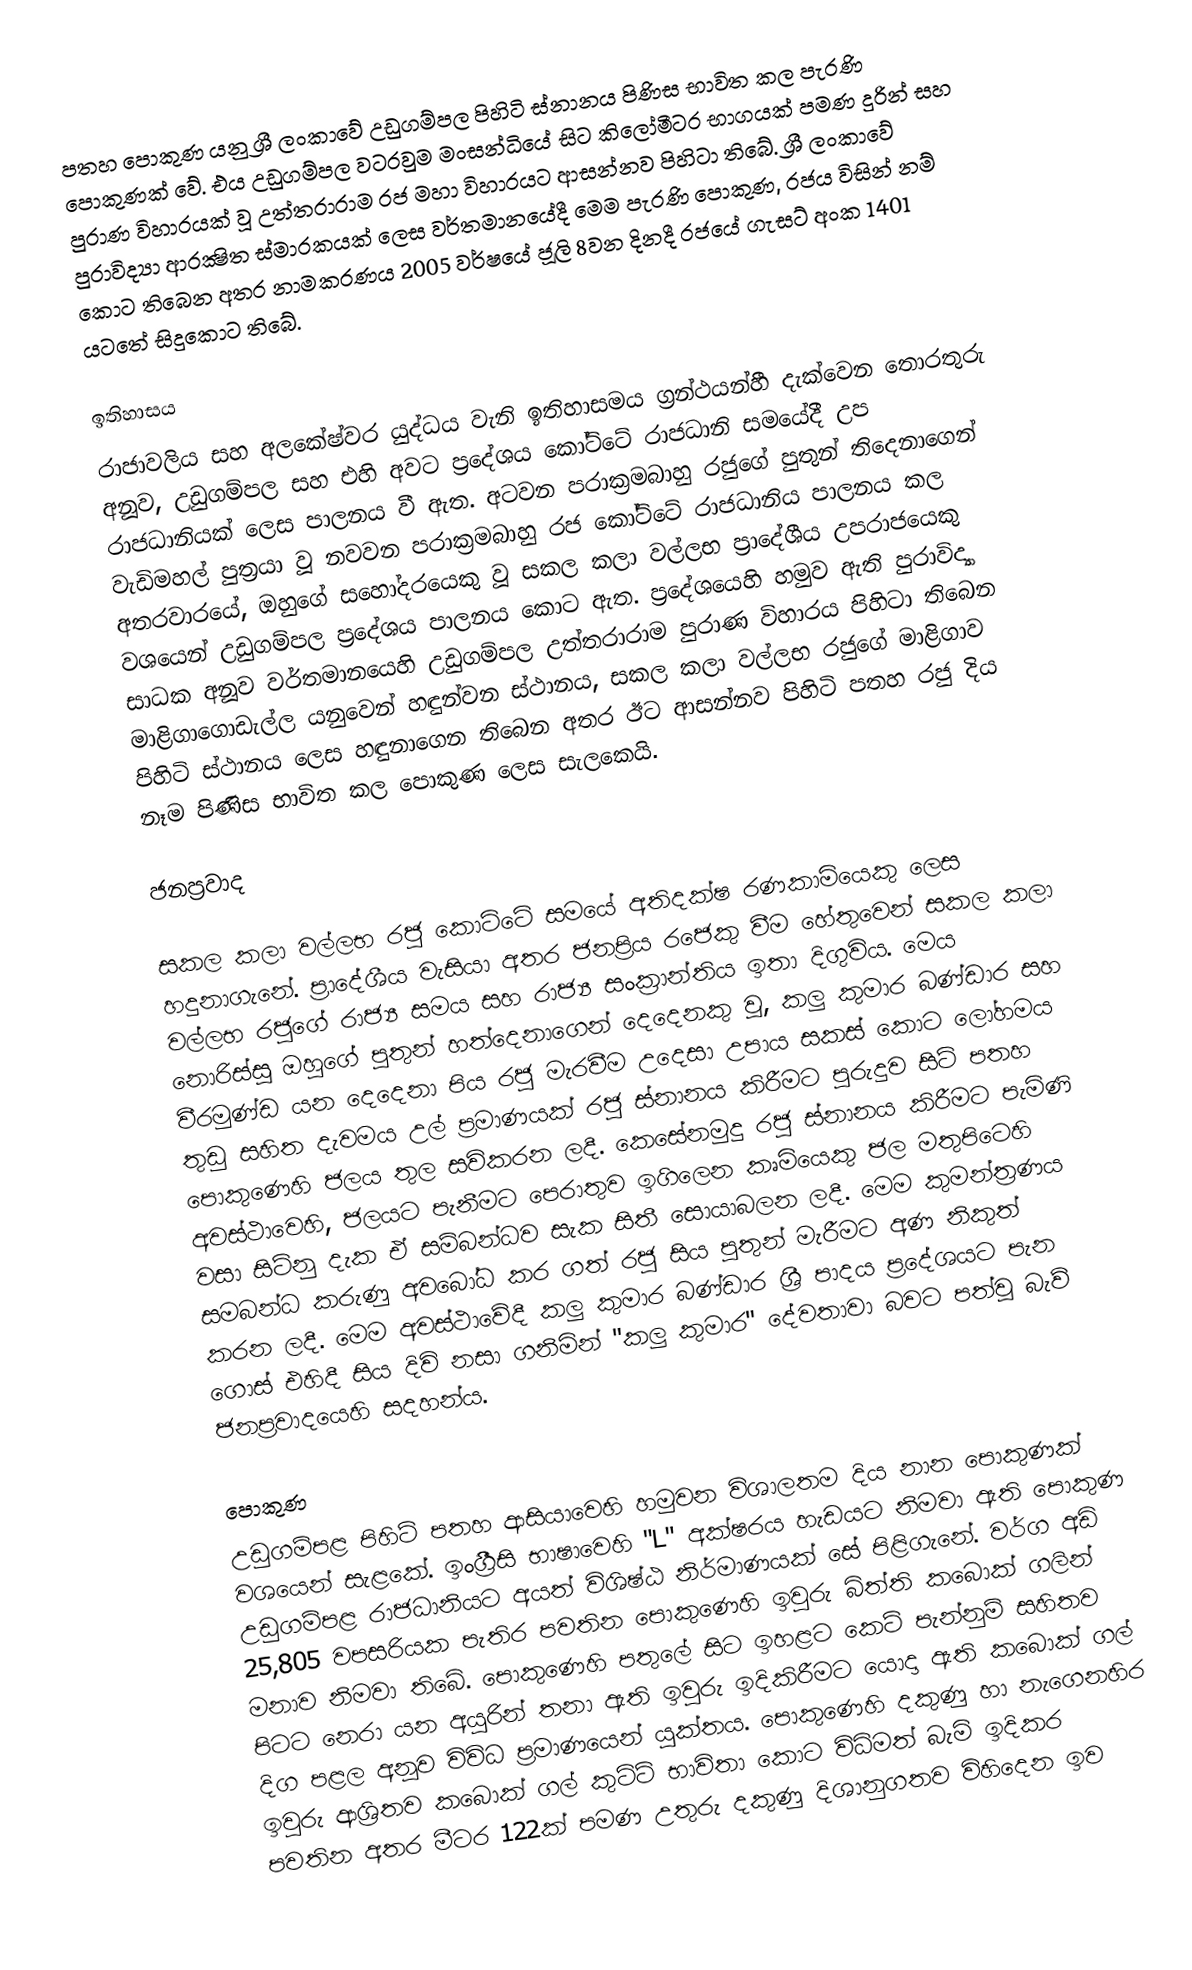
පතහ පොකුණ යනු ශ්‍රී ලංකාවේ උඩුගම්පල පිහිටි ස්නානය පිණිස භාවිත කල පැරණි පොකුණක් වේ. එය උඩුගම්පල වටරවුම මංසන්ධියේ සිට කිලෝමීටර භාගයක් පමණ දුරින් සහ පුරාණ විහාරයක් වූ උත්තරාරාම රජ මහා විහාරයට ආසන්නව පිහිටා තිබේ. ශ්‍රී ලංකාවේ පුරාවිද්‍යා ආරක්‍ෂිත ස්මාරකයක් ලෙස වර්තමානයේදී මෙම පැරණි පොකුණ, රජය විසින් නම් කොට තිබෙන අතර නාමකරණය 2005 වර්ෂයේ ජූලි 8වන දිනදී රජයේ ගැසට් අංක 1401 යටතේ සිදුකොට තිබේ.

ඉතිහාසය
රාජාවලිය සහ අලකේෂ්වර යුද්ධය වැනි ඉතිහාසමය ග්‍රන්ථයන්හී දැක්වෙන තොරතුරු අනූව, උඩුගම්පල සහ එහි අවට ප්‍රදේශය කෝට්ටේ රාජධානි සමයේදී උප රාජධානියක් ලෙස පාලනය වී ඇත. අටවන පරාක්‍රමබාහු රජුගේ පුතුන් තිදෙනාගෙන් වැඩිමහල් පුත්‍රයා වූ නවවන පරාක්‍රමබාහු රජ කෝට්ටේ රාජධානිය පාලනය කල අතරවාරයේ, ඔහුගේ සහෝදරයෙකු වූ සකල කලා වල්ලභ ප්‍රාදේශීය උපරාජයෙකු වශයෙන් උඩුගම්පල ප්‍රදේශය පාලනය කොට ඇත. ප්‍රදේශයෙහි හමුව ඇති පුරාවිද්‍යා සාධක අනූව වර්තමානයෙහි උඩුගම්පල උත්තරාරාම පුරාණ විහාරය පිහිටා තිබෙන මාළිගාගොඩැල්ල යනුවෙන් හඳුන්වන ස්ථානය, සකල කලා වල්ලභ රජුගේ මාළිගාව පිහිටි ස්ථානය ලෙස හඳුනාගෙන තිබෙන අතර ඊට ආසන්නව පිහිටි පතහ රජු දිය නෑම පිණිස භාවිත කල පොකුණ ලෙස සැලකෙයි.

ජනප්‍රවාද

සකල කලා වල්ලභ රජු කොට්ටේ සමයේ අතිදක්ෂ රණකාමියෙකු ලෙස හදුනාගැනේ. ප්‍රාදේශීය වැසියා අතර ජනප්‍රිය රජෙකු වීම හේතුවෙන් සකල කලා වල්ලභ රජුගේ රාජ්‍ය සමය සහ රාජ්‍ය සංක්‍රාන්තිය ඉතා දිගුවිය. මෙය නොරිස්සූ ඔහුගේ පුතුන් හත්දෙනාගෙන් දෙදෙනකු වූ, කලු කුමාර බණ්ඩාර සහ වීරමුණ්ඩ යන දෙදෙනා පිය රජු මැරවීම උදෙසා උපාය සකස් කොට ලෝහමය තුඩු සහිත දැවමය උල් ප්‍රමාණයක් රජු ස්නානය කිරීමට පුරුදුව සිටි පතහ පොකුණෙහි ජලය තුල සවිකරන ලදී. කෙසේනමුදු රජු ස්නානය කිරීමට පැමිණි අවස්ථාවෙහි, ජලයට පැනීමට පෙරාතුව ඉගිලෙන කෘමියෙකු ජල මතුපිටෙහි වසා සිටිනු දැක ඒ සම්බන්ධව සැක සිතී සොයාබලන ලදී. මෙම කුමන්ත්‍රණය සමබන්ධ කරුණු අවබෝධ කර ගත් රජු සිය පුතුන් මැරීමට අණ නිකුත් කරන ලදී. මෙම අවස්ථාවේදී කලු කුමාර බණ්ඩාර ශ්‍රී පාදය ප්‍රදේශයට පැන ගොස් එහිදී සිය දිවි නසා ගනිමින් "කලු කුමාර" දේවතාවා බවට පත්වූ බැව් ජනප්‍රවාදයෙහි සදහන්ය.

පොකුණ
උඩුගම්පළ පිහිටි පතහ ආසියාවෙහි හමුවන විශාලතම දිය නාන පොකුණක් වශයෙන් සැළකේ. ඉංග්‍රීීසි භාෂාවෙහි "L" අක්ෂරය හැඩයට නිමවා ඇති පොකුණ උඩුගම්පළ රාජධානියට අයත් විශිෂ්ඨ නිර්මාණයක් සේ පිළිගැනේ. වර්ග අඩි 25,805 වපසරියක පැතිර පවතින පොකුණෙහි ඉවුරු බිත්ති කබොක් ගලින් මනාව නිමවා තිබේ. පොකුණෙහි පතුලේ සිට ඉහළට කෙටි පැන්නුම් සහිතව පිටට නෙරා යන අයුරින් තනා ඇති ඉවුරු ඉදිකිරීමට යොදා ඇති කබොක් ගල් දිග පළල අනූව විවිධ ප්‍රමාණයෙන් යුක්තය. පොකුණෙහි දකුණු හා නැගෙනහිර ඉවුරු ආශ්‍රිතව කබොක් ගල් කුට්ටි භාවිතා කොට විධිමත් බැමි ඉදිකර පවතින අතර මීටර 122ක් පමණ උතුරු දකුණු දිශානුගතව විහිදෙන ඉව